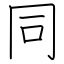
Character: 同